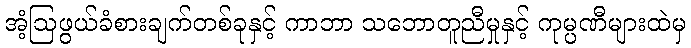
အံ့ဩဖွယ်ခံစားချက်တစ်ခုနှင့် ကာဘာ သဘောတူညီမှုနှင့် ကုမ္ပဏီများထဲမှ